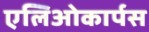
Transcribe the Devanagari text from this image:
एलिओकार्पस